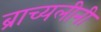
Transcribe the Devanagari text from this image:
ब्राच्यलीनी